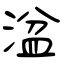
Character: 湓